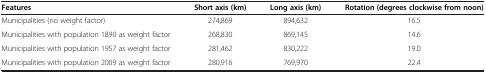
| Features | Short axis (km) | Long axis (km) | Rotation (degrees clockwise from noon) |
 | --- | --- | --- | --- |
 | Municipalities (no weight factor) | 274,869 | 894,632 | 16.5 |
 | Municipalities with population 1890 as weight factor | 268,830 | 869,145 | 14.6 |
 | Municipalities with population 1957 as weight factor | 281,462 | 830,222 | 19.0 |
 | Municipalities with population 2009 as weight factor | 280,916 | 769,970 | 22.4 |